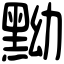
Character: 黝